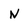
Character: N